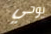
يوحي